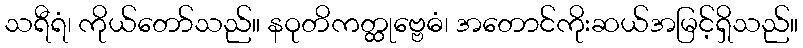
သရီရံ၊ ကိုယ်တော်သည်။ နဝုတိကတ္ထုဗ္ဗေဓံ၊ အတောင်ကိုးဆယ်အမြင့်ရှိသည်။